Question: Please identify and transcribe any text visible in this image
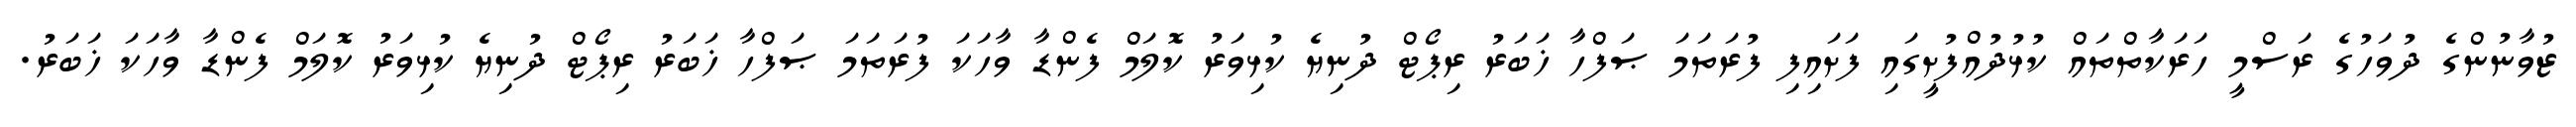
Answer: ޒުވާނުންގެ ދުވަހުގެ ރަސްމީ ހަރަކާތްތައް ކުޅުދުއްފުށީގައި ފަށައިފި ފުރަތަމަ ޞަފްހާ ޚަބަރު ރިޕޯޓް ދުނިޔެ ކުޅިވަރު ކޮލަމް ފެންޑާ ވާހަކަ ފުރަތަމަ ޞަފްހާ ޚަބަރު ރިޕޯޓް ދުނިޔެ ކުޅިވަރު ކޮލަމް ފެންޑާ ވާހަކަ ޚަބަރު.